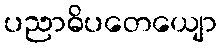
ပညာဓိပတေယျော